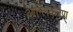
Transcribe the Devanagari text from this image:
आंग्लिकरण